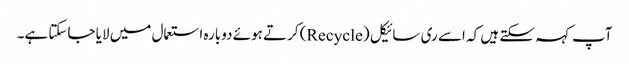
آپ کہہ سکتے ہیں کہ اسے ری سائیکل (Recycle) کرتے ہوئے دوبارہ استعمال میں لایا جاسکتا ہے۔